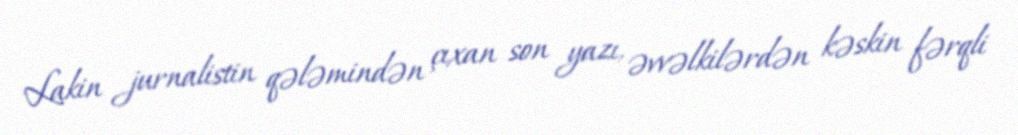
Lakin jurnalistin qələmindən çıxan son yazı, əvvəlkilərdən kəskin fərqli